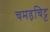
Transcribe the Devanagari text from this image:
चमड़चिट्ट